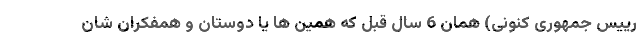
رییس جمهوری کنونی) همان 6 سال قبل که همین ها یا دوستان و همفکران شان